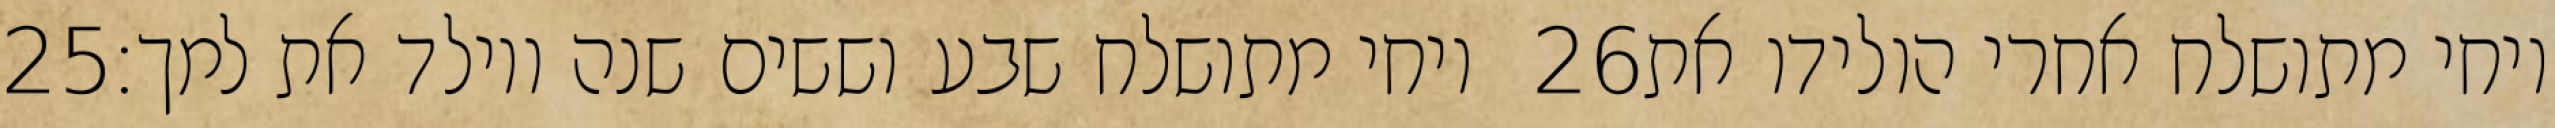
‎25‏ ויחי מתושלח שבע וששים שנה ויולד את למך׃ ‎26‏ ויחי מתושלח אחרי הולידו את